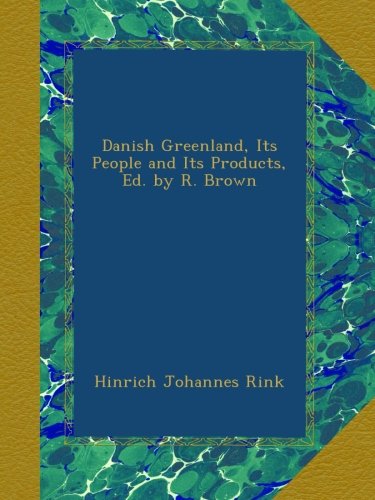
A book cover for Danish Greenland, Its People and Its Products, Ed. by R. Brown; Hinrich Johannes Rink; History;